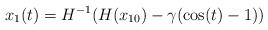
LaTeX: \begin{align*}x_1(t) = H^{-1}(H(x_{10}) -\gamma (\cos(t)-1) )\end{align*}